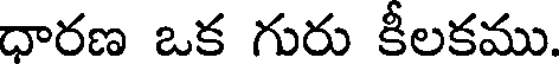
ధారణ ఒక గురు కీలకము.